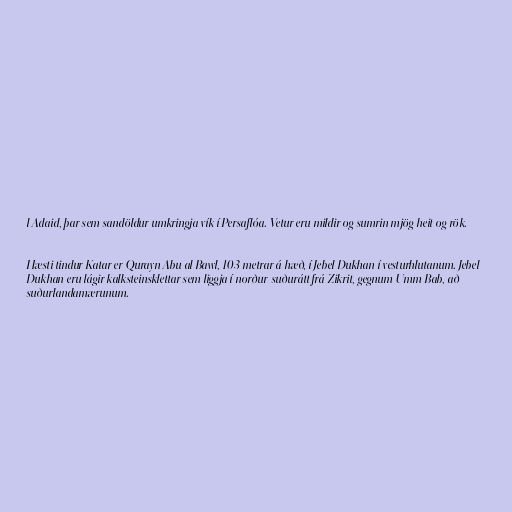
l Adaid, þar sem sandöldur umkringja vík í Persaflóa. Vetur eru mildir og sumrin mjög heit og rök.

Hæsti tindur Katar er Qurayn Abu al Bawl, 103 metrar á hæð, í Jebel Dukhan í vesturhlutanum. Jebel
Dukhan eru lágir kalksteinsklettar sem liggja í norður-suðurátt frá Zikrit, gegnum Umm Bab, að
suðurlandamærunum.